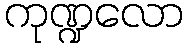
ကုဏ္ဍလော